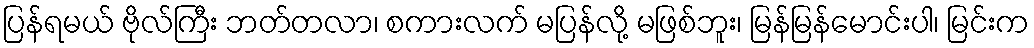
ပြန်ရမယ် ဗိုလ်ကြီး ဘတ်တလာ၊ စကားလက် မပြန်လို့ မဖြစ်ဘူး၊ မြန်မြန်မောင်းပါ၊ မြင်းက